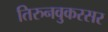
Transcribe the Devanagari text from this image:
तिरुनवुकरसर